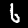
Digit: 6